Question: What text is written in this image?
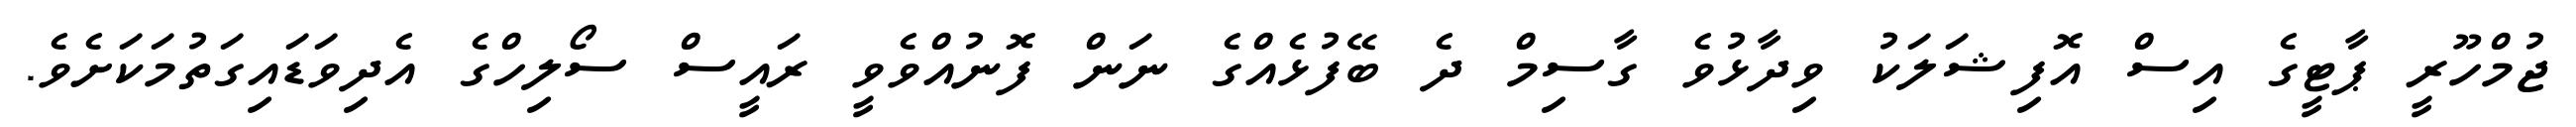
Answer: ޖުމްހޫރީ ޕާޓީގެ އިސް އޮފިޝަލަކު ވިދާޅުވެ ގާސިމް ދެ ބޭފުޅެއްގެ ނަން ފޮނުއްވެވީ ރައީސް ސޯލިހްގެ އެދިވަޑައިގަތުމަކަށެވެ.